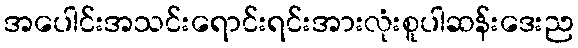
အပေါင်းအသင်းရောင်းရင်းအားလုံးစူပါဆန်းဒေးည